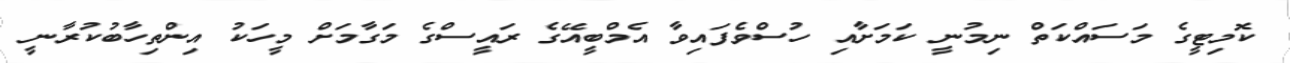
ކޮމިޓީގެ މަސައްކަތް ނިމުނީ ކަމަށާއި ހުސްވެފައިވާ އެމްބީއޭގެ ރައީސްގެ މަގާމަށް މީހަކު އިންތިހާބުކުރާނީ